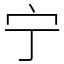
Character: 宁